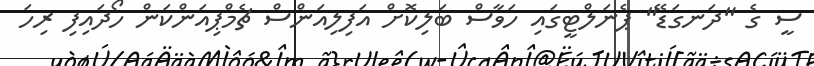
ސީ ގެ "ދަނގަޑޭ" ޕެނަލްޓީގައި ހަވާސް ބަލިކޮށް އަފިލިއަންސް ޗެމްޕިއަންކަން ހޯދައިފި ރިހަ